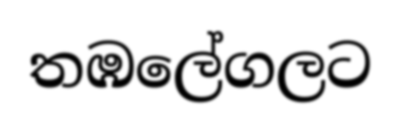
තඹලේගලට